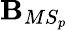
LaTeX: \mathbf{B}_{MS_{p}}